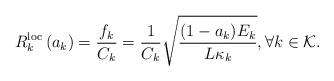
LaTeX: \begin{align*}R_{k}^{\mathrm{loc}}\left(a_{k}\right)=\frac{f_{k} }{C_{k}}=\frac{1}{C_{k}} \sqrt{\frac{(1-a_{k})E_{k}}{L\kappa_k}}, \forall k \in \mathcal{K}.\end{align*}